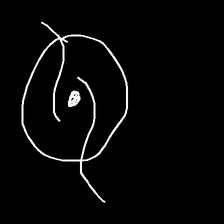
Glyph: repetition